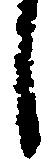
し